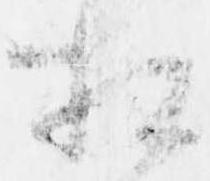
相